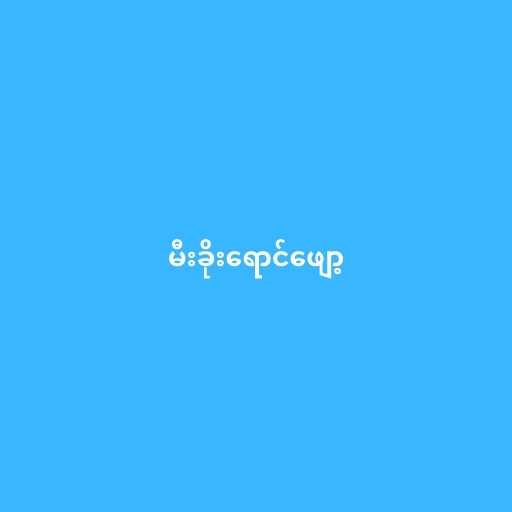
မီးခိုးရောင်ဖျော့